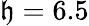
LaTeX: \mathfrak{h}=6.5